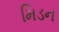
મિડન